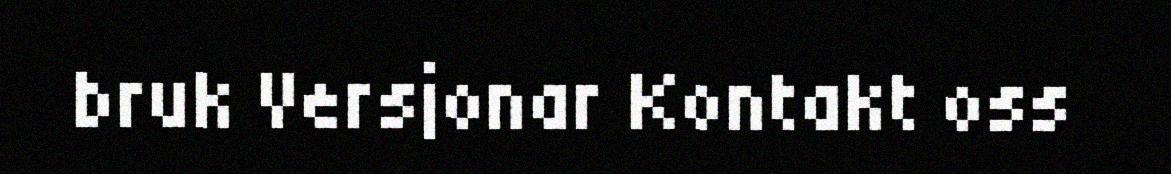
bruk Versjonar Kontakt oss